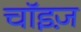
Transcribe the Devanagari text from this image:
चॉइज़